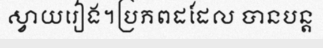
ស្វាយរៀង។ប្រភពដដែល បានបន្ត